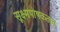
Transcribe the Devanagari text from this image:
सूक्ष्मपोषकतत्व